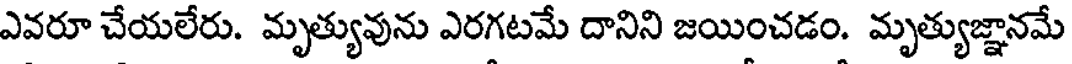
ఎవరూ చేయలేరు. మృత్యువును ఎరగటమే దానిని జయించడం. మృత్యుజ్ఞానమే